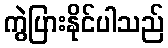
ကွဲပြားနိုင်ပါသည်